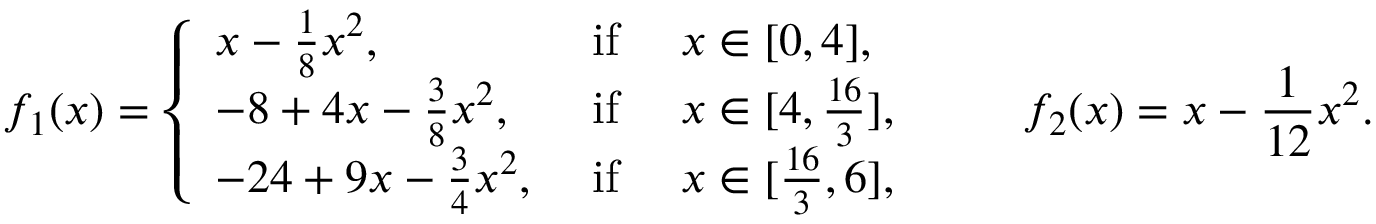
f _ { 1 } ( x ) = \left\{ \begin{array} { l l } { x - \frac { 1 } { 8 } x ^ { 2 } , } & { \mathrm { ~ i f ~ } \quad x \in [ 0 , 4 ] , } \\ { - 8 + 4 x - \frac { 3 } { 8 } x ^ { 2 } , } & { \mathrm { ~ i f ~ } \quad x \in [ 4 , \frac { 1 6 } { 3 } ] , } \\ { - 2 4 + 9 x - \frac { 3 } { 4 } x ^ { 2 } , } & { \mathrm { ~ i f ~ } \quad x \in [ \frac { 1 6 } { 3 } , 6 ] , } \end{array} \right. \quad \quad f _ { 2 } ( x ) = x - \frac { 1 } { 1 2 } x ^ { 2 } .